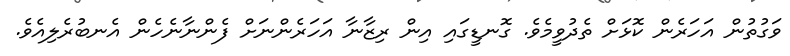
ވަގުތުން އަހަރެން ކޮޅަށް ތެދުވީމެވެ. ގޮނޑީގައި އިން ރިޒާނާ އަހަރެންނަށް ފެންނާނެހެން އެނބުރެލިއެވެ.